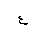
Letter: _ayn